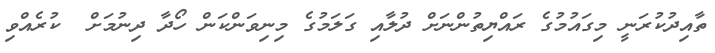
ތާއިދުކުރަނީ މިގައުމުގެ ރައްޔިތުންނަށް ދުލާއި ގަލަމުގެ މިނިވަންކަން ހޯދާ ދިނުމަށް  ކުރެއްވި